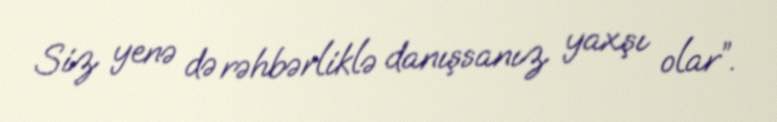
Siz yenə də rəhbərliklə danışsanız yaxşı olar”.